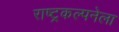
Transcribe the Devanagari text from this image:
राष्ट्रकल्पनेला